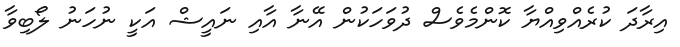
އިރާދަ ކުރެއްވިއްޔާ ކޮންމެވެސް ދުވަހަކުން އޭނާ އާއި ނައީޝް އަކީ ނުހަނު ލޯބިވާ